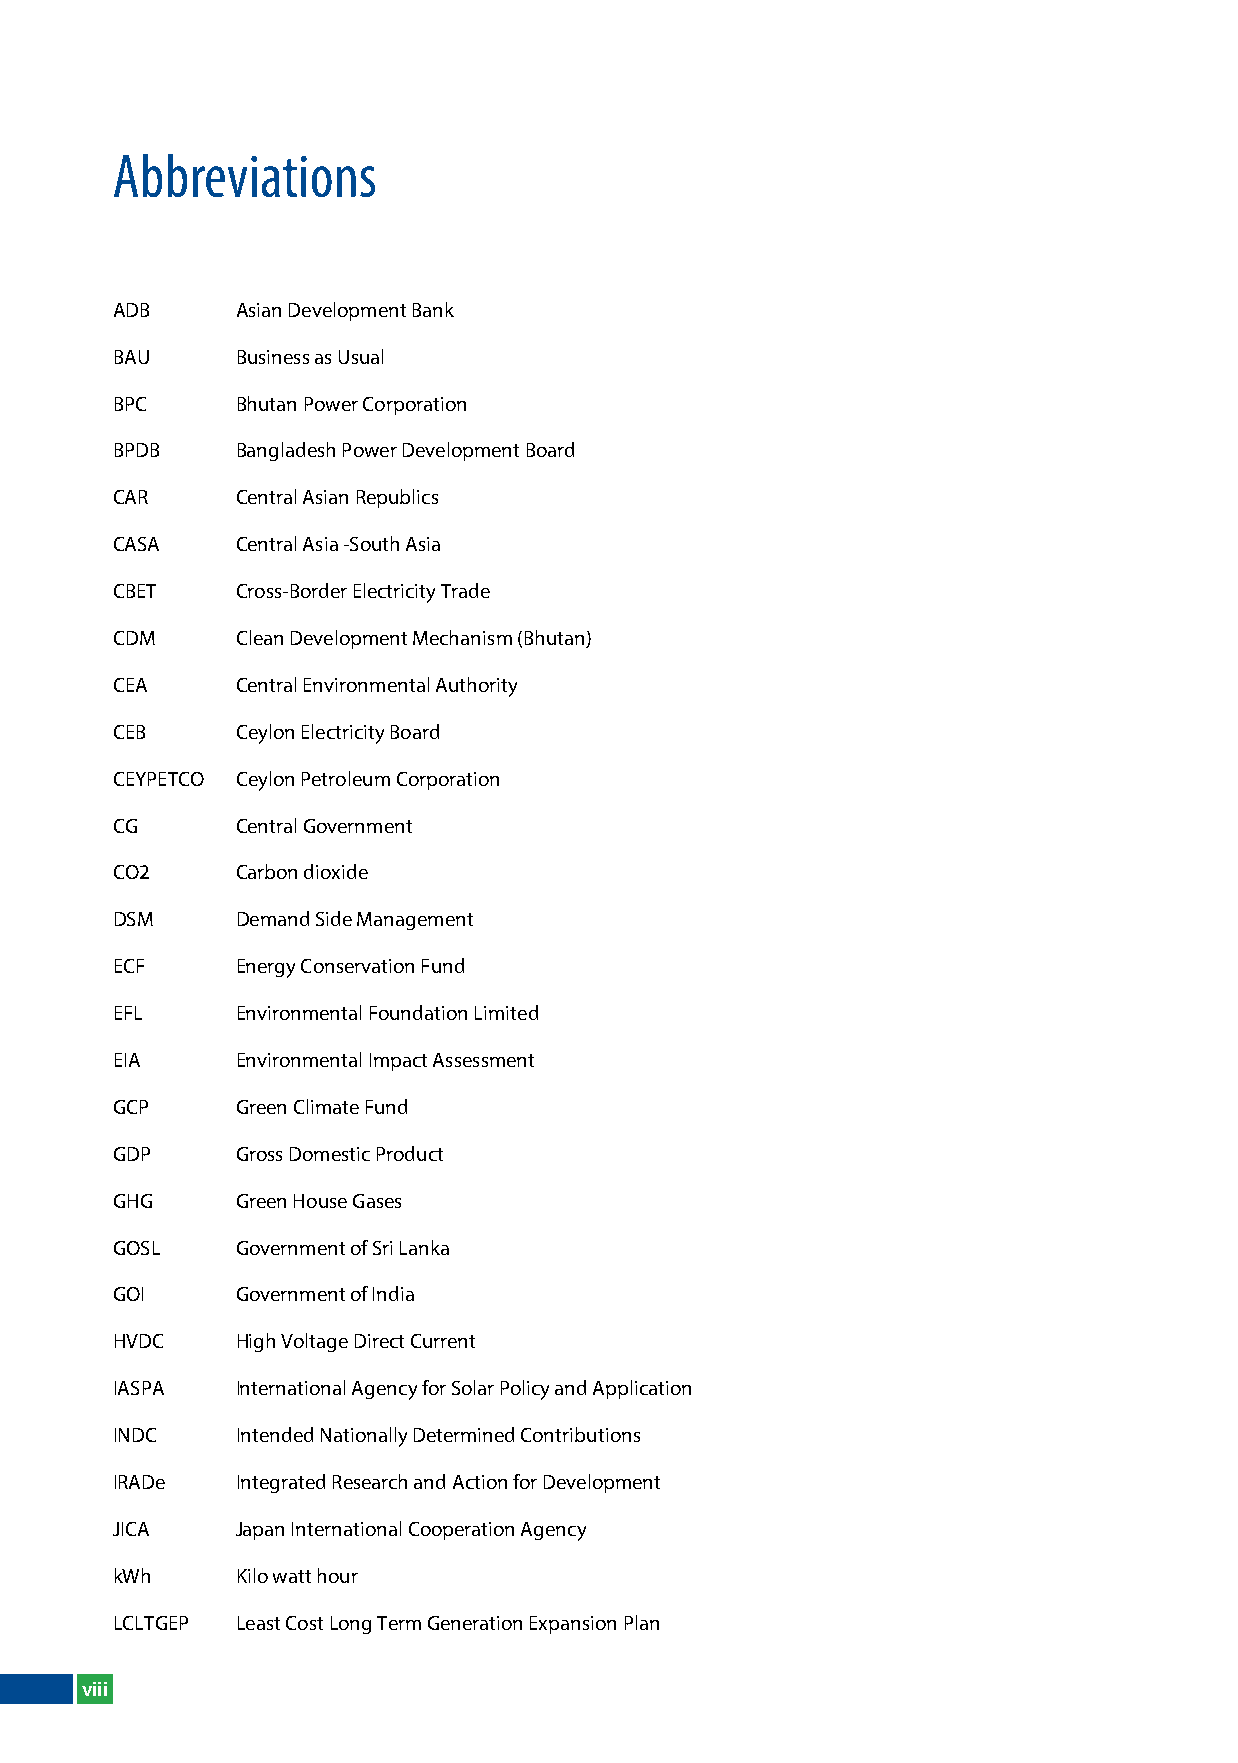
Abbreviations
 ADB      Asian Development Bank
 BAU      Business as Usual
 BPC      Bhutan Power Corporation
 BPDB     Bangladesh Power Development Board
 CAR      Central Asian Republics
 CASA     Central Asia -South Asia
 CBET     Cross-Border Electricity Trade
 CDM      Clean Development Mechanism (Bhutan)
 CEA      Central Environmental Authority
 CEB      Ceylon Electricity Board
 CEyPETCO Ceylon Petroleum Corporation
 CG       Central Government
 CO2      Carbon dioxide
 DSM      Demand Side Management
 ECF      Energy Conservation Fund
 EFl      Environmental Foundation limited
 EIA      Environmental Impact Assessment
 GCP      Green Climate Fund
 GDP      Gross Domestic Product
 GHG      Green House Gases
 GOSl     Government of Sri lanka
 GOI      Government of India
 HVDC     High Voltage Direct Current
 IASPA    International Agency for Solar Policy and Application
 INDC     Intended Nationally Determined Contributions
 IRADe    Integrated Research and Action for Development
 JICA     Japan International Cooperation Agency
 kWh      Kilo watt hour
 lClTGEP  least Cost long Term Generation Expansion Plan
 viii